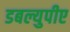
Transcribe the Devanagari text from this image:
डबल्युपीए